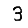
Digit: 3